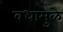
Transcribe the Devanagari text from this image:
वधामुळे